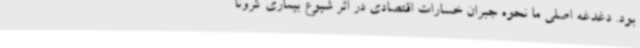
بود. دغدغه اصلی ما نحوه جبران خسارات اقتصادی در اثر شیوع بیماری کرونا